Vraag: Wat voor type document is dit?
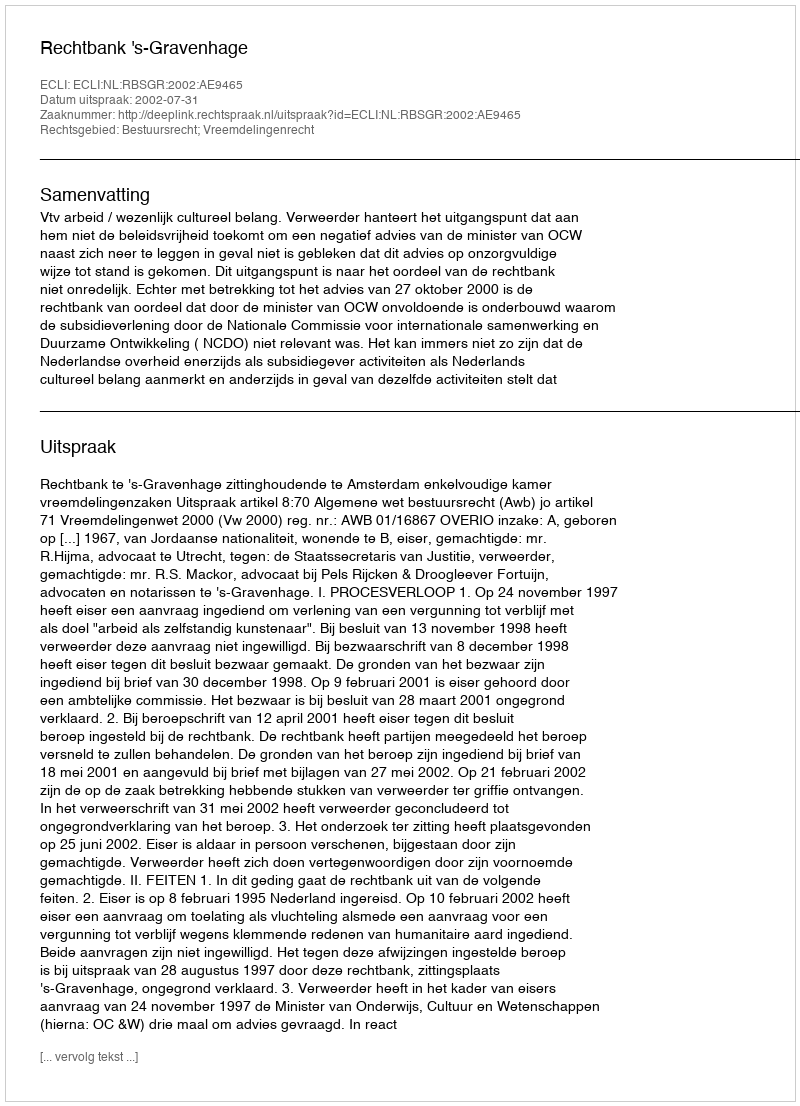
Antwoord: Uitspraak